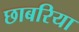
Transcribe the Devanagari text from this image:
छाबरिया